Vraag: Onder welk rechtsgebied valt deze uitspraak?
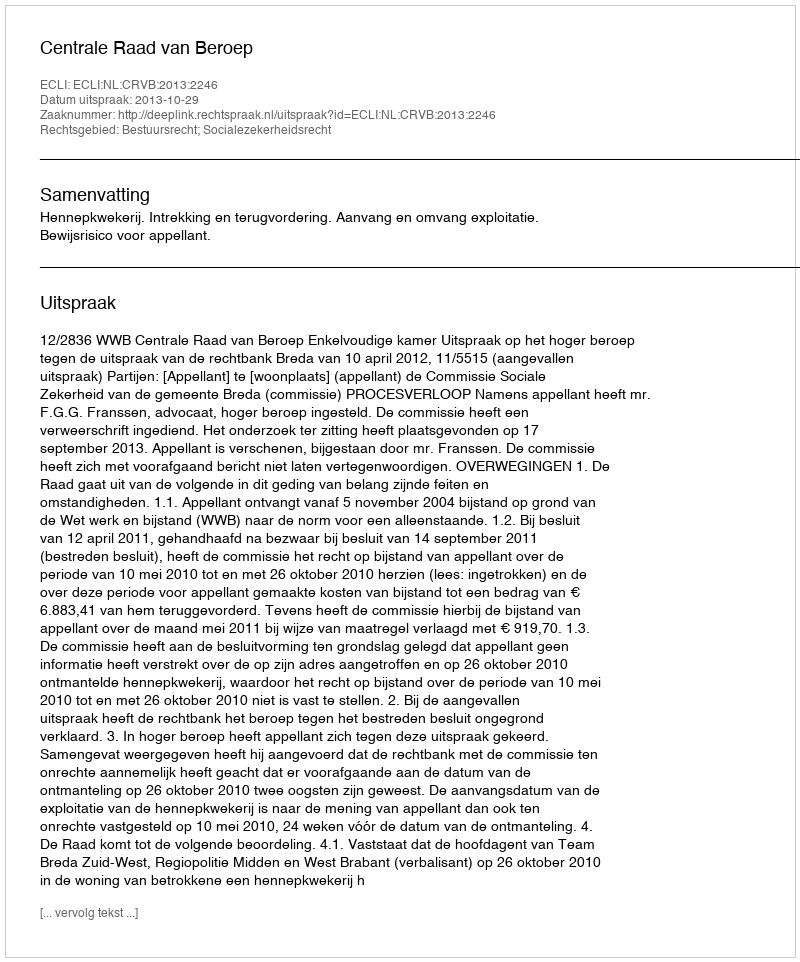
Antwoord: Bestuursrecht; Socialezekerheidsrecht